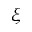
\xi